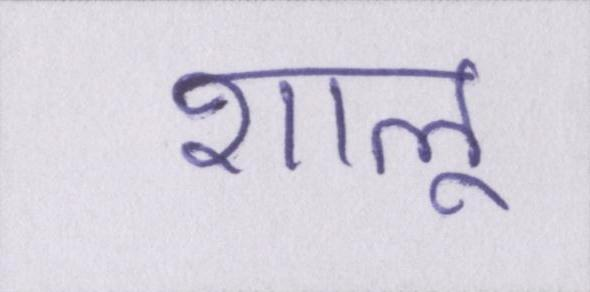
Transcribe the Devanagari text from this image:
शालू